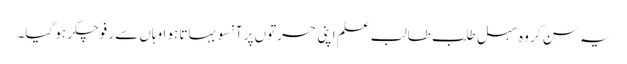
یہ سن کر وہ سہل طلب طالب علم اپنی حسرتوں پر آنسو بہاتا ہو ا وہاں سے رفو چکر ہو گیا۔